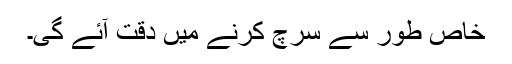
خاص طور سے سرچ کرنے میں دقت آئے گی۔